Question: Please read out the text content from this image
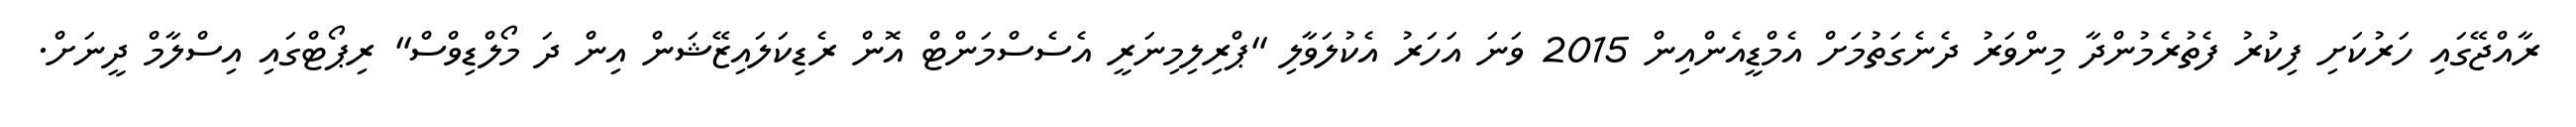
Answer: ރާއްޖޭގައި ހަރުކަށި ފިކުރު ފެތުރެމުންދާ މިންވަރު ދެނެގަތުމަށް އެމްޑީއެންއިން 2015 ވަނަ އަހަރު އެކުލަވާލި "ޕްރިލިމިނަރީ އެސެސްމަންޓް އޮން ރެޑިކަލައިޒޭޝަން އިން ދަ މޯލްޑިވްސް" ރިޕޯޓްގައި އިސްލާމް ދީނަށް.